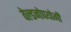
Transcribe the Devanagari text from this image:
वेल्डनोपयोगी